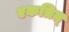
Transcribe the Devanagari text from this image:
एकत्रित्